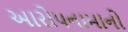
આરોપનામાનો